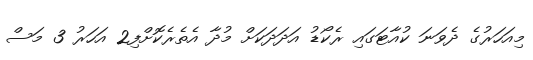
މިއަހަރުގެ ދެވަނަ ކުއާޓަގައި ރެކޯޑު އަދަދަކަށް މުދާ އެތެރެކޮށްފި2 އަހަރު 3 މަސް